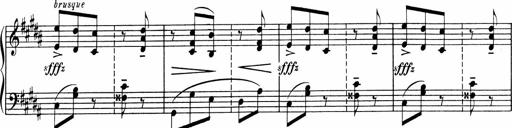
Title: Sonatine pour piano
Composer: Albert Roussel